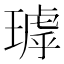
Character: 㻯